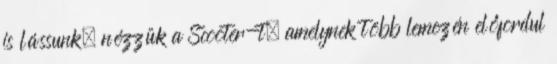
is lássunk, nézzük a Scooter-t, amelynek több lemezén előfordul